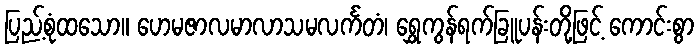
ပြည့်စုံထသော။ ဟေမဇာလမာလာသမလင်္ကတံ၊ ရွှေကွန်ရက်ခြူပန်းတို့ဖြင့် ကောင်းစွာ